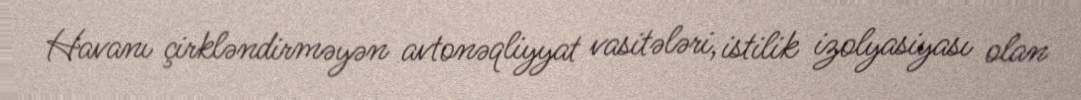
Havanı çirkləndirməyən avtonəqliyyat vasitələri, istilik izolyasiyası olan